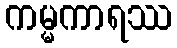
ကမ္မကာရဿ